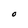
Character: O